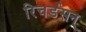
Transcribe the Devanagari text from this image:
रिचर्डसन्